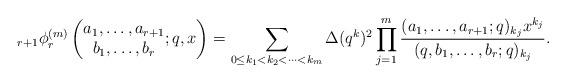
LaTeX: \begin{align*}{}_{r+1}\phi_r^{(m)}\left(\begin{matrix}a_1,\dots,a_{r+1}\\b_1,\dots,b_r\end{matrix};q,x\right)=\sum_{0\leq k_1<k_2<\dots<k_m}\Delta(q^k)^2\prod_{j=1}^m\frac{(a_1,\dots,a_{r+1};q)_{k_j}x^{k_j}}{(q,b_1,\dots,b_r;q)_{k_j}}.\end{align*}